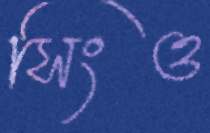
সিংও